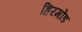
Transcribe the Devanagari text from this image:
हिरमोड